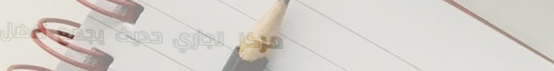
مركز تجاري حديث يجمع أفضل